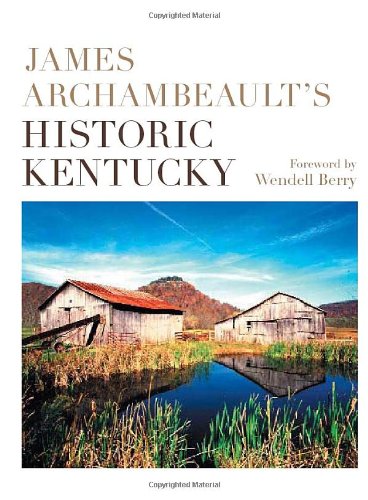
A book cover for James Archambeault's Historic Kentucky; James Archambeault; Travel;